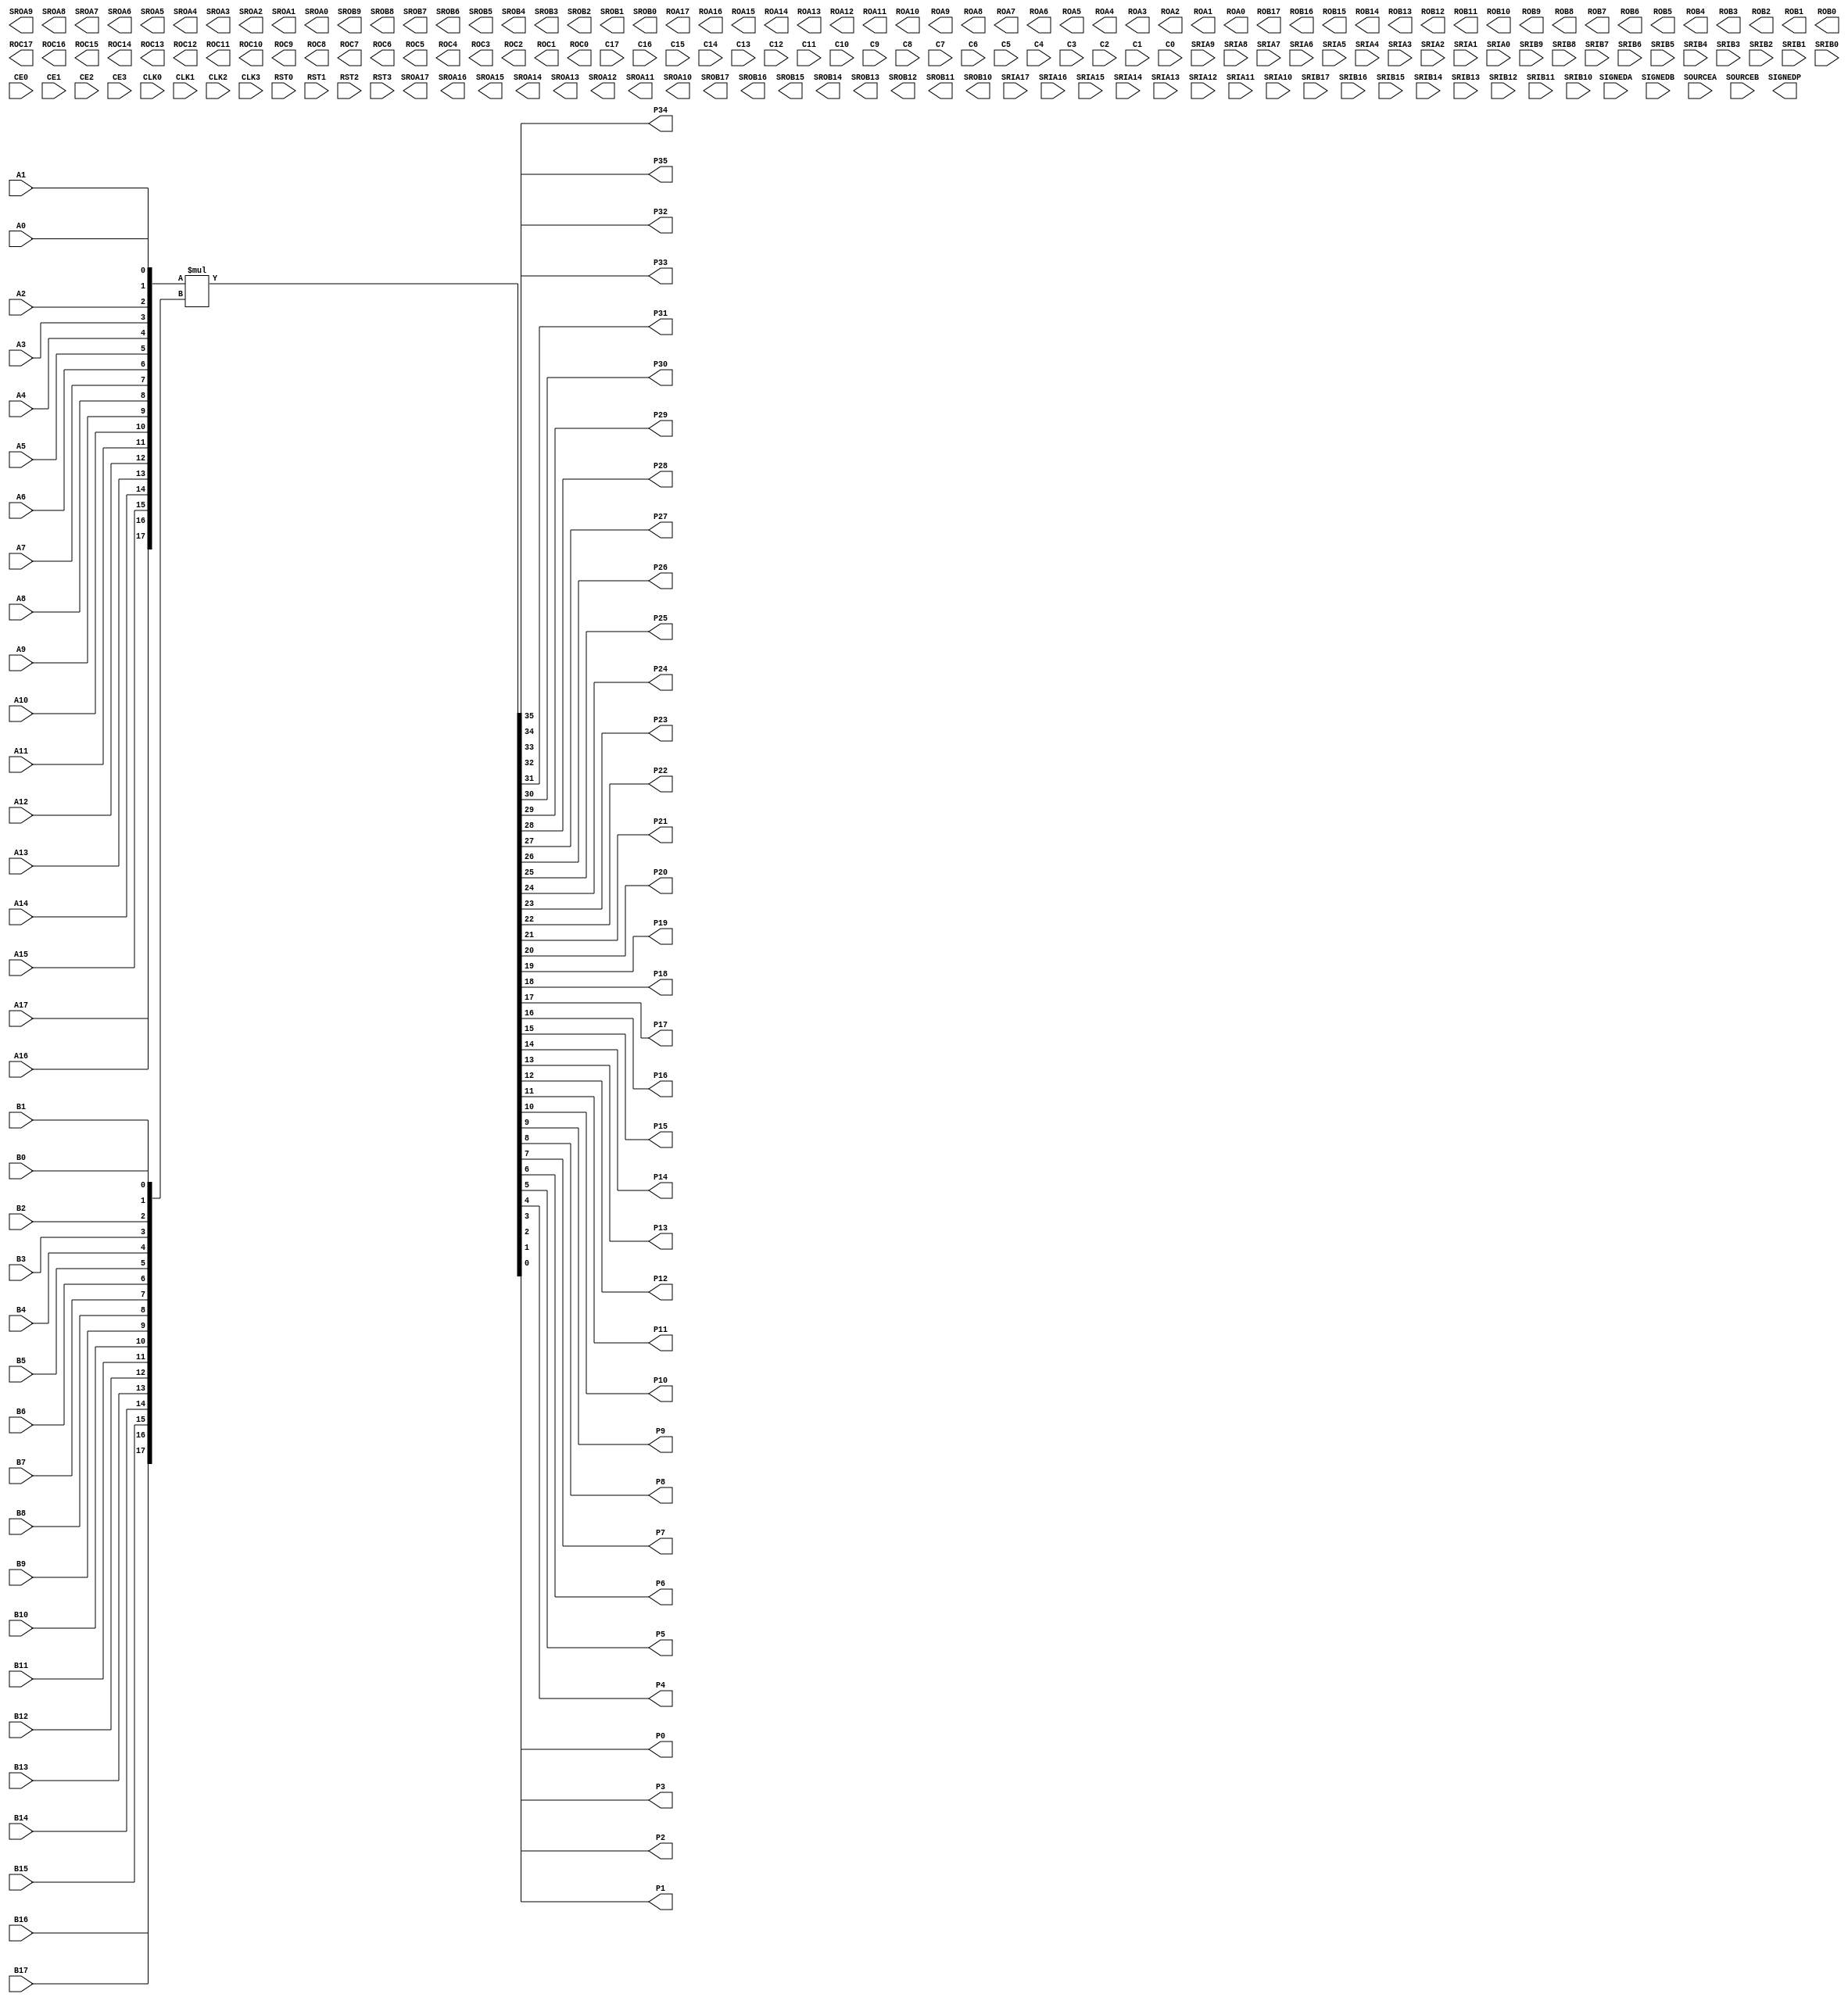
// --------------------------------------------------------------------
// >>>>>>>>>>>>>>>>>>>>>>>>> COPYRIGHT NOTICE <<<<<<<<<<<<<<<<<<<<<<<<<
// --------------------------------------------------------------------
// Copyright (c) 2007 by Lattice Semiconductor Corporation
// --------------------------------------------------------------------
//
//
//                     Lattice Semiconductor Corporation
//                     5555 NE Moore Court
//                     Hillsboro, OR 97214
//                     U.S.A.
//
//                     TEL: 1-800-Lattice  (USA and Canada)
//                          1-408-826-6000 (other locations)
//
//                     web: http://www.latticesemi.com/
//
// --------------------------------------------------------------------
//
// Simulation Library File for MULT18X18D in ECP5U/M
//
//

`celldefine
`timescale  1 ns / 1 ps

module MULT18X18D (P35,P34,P33,P32,P31,P30,P29,P28,P27,P26,P25,P24,P23,P22,P21,P20,P19,P18,
P17,P16,P15,P14,P13,P12,P11,P10,P9,P8,P7,P6,P5,P4,P3,P2,P1,P0,
SROA17,SROA16,SROA15,SROA14,SROA13,SROA12,SROA11,SROA10,SROA9,
SROA8,SROA7,SROA6,SROA5,SROA4,SROA3,SROA2,SROA1,SROA0,
SROB17,SROB16,SROB15,SROB14,SROB13,SROB12,SROB11,SROB10,SROB9,
SROB8,SROB7,SROB6,SROB5,SROB4,SROB3,SROB2,SROB1,SROB0,
ROA17,ROA16,ROA15,ROA14,ROA13,ROA12,ROA11,ROA10,ROA9,
ROA8,ROA7,ROA6,ROA5,ROA4,ROA3,ROA2,ROA1,ROA0,
ROB17,ROB16,ROB15,ROB14,ROB13,ROB12,ROB11,ROB10,ROB9,
ROB8,ROB7,ROB6,ROB5,ROB4,ROB3,ROB2,ROB1,ROB0,
ROC17,ROC16,ROC15,ROC14,ROC13,ROC12,ROC11,ROC10,ROC9,
ROC8,ROC7,ROC6,ROC5,ROC4,ROC3,ROC2,ROC1,ROC0,
A17,A16,A15,A14,A13,A12,A11,A10,A9,A8,A7,A6,A5,A4,A3,A2,A1,A0,
B17,B16,B15,B14,B13,B12,B11,B10,B9,B8,B7,B6,B5,B4,B3,B2,B1,B0,
C17,C16,C15,C14,C13,C12,C11,C10,C9,C8,C7,C6,C5,C4,C3,C2,C1,C0,
SRIA17,SRIA16,SRIA15,SRIA14,SRIA13,SRIA12,SRIA11,SRIA10,SRIA9,
SRIA8,SRIA7,SRIA6,SRIA5,SRIA4,SRIA3,SRIA2,SRIA1,SRIA0,
SRIB17,SRIB16,SRIB15,SRIB14,SRIB13,SRIB12,SRIB11,SRIB10,SRIB9,
SRIB8,SRIB7,SRIB6,SRIB5,SRIB4,SRIB3,SRIB2,SRIB1,SRIB0,
SIGNEDA,SIGNEDB,CE0,CE1,CE2,CE3,CLK0,CLK1,CLK2,CLK3,RST0,RST1,RST2,RST3,SOURCEA,SOURCEB,SIGNEDP);

input A17,A16,A15,A14,A13,A12,A11,A10,A9,A8,A7,A6,A5,A4,A3,A2,A1,A0;
input B17,B16,B15,B14,B13,B12,B11,B10,B9,B8,B7,B6,B5,B4,B3,B2,B1,B0;
input C17,C16,C15,C14,C13,C12,C11,C10,C9,C8,C7,C6,C5,C4,C3,C2,C1,C0;
input SIGNEDA,SIGNEDB,SOURCEA,SOURCEB;
input CE0,CE1,CE2,CE3,CLK0,CLK1,CLK2,CLK3,RST0,RST1,RST2,RST3;
input SRIA17,SRIA16,SRIA15,SRIA14,SRIA13,SRIA12,SRIA11,SRIA10,SRIA9;
input SRIA8,SRIA7,SRIA6,SRIA5,SRIA4,SRIA3,SRIA2,SRIA1,SRIA0;
input SRIB17,SRIB16,SRIB15,SRIB14,SRIB13,SRIB12,SRIB11,SRIB10,SRIB9;
input SRIB8,SRIB7,SRIB6,SRIB5,SRIB4,SRIB3,SRIB2,SRIB1,SRIB0;
output SROA17,SROA16,SROA15,SROA14,SROA13,SROA12,SROA11,SROA10,SROA9;
output SROA8,SROA7,SROA6,SROA5,SROA4,SROA3,SROA2,SROA1,SROA0;
output SROB17,SROB16,SROB15,SROB14,SROB13,SROB12,SROB11,SROB10,SROB9;
output SROB8,SROB7,SROB6,SROB5,SROB4,SROB3,SROB2,SROB1,SROB0;
output ROA17,ROA16,ROA15,ROA14,ROA13,ROA12,ROA11,ROA10,ROA9;
output ROA8,ROA7,ROA6,ROA5,ROA4,ROA3,ROA2,ROA1,ROA0;
output ROB17,ROB16,ROB15,ROB14,ROB13,ROB12,ROB11,ROB10,ROB9;
output ROB8,ROB7,ROB6,ROB5,ROB4,ROB3,ROB2,ROB1,ROB0;
output ROC17,ROC16,ROC15,ROC14,ROC13,ROC12,ROC11,ROC10,ROC9;
output ROC8,ROC7,ROC6,ROC5,ROC4,ROC3,ROC2,ROC1,ROC0;
output P35,P34,P33,P32,P31,P30,P29,P28,P27,P26,P25,P24,P23,P22,P21,P20,P19,P18;
output P17,P16,P15,P14,P13,P12,P11,P10,P9,P8,P7,P6,P5,P4,P3,P2,P1,P0;
output SIGNEDP;

parameter REG_INPUTA_CLK = "NONE";
parameter REG_INPUTA_CE = "CE0";
parameter REG_INPUTA_RST = "RST0";
parameter REG_INPUTB_CLK = "NONE";
parameter REG_INPUTB_CE = "CE0";
parameter REG_INPUTB_RST = "RST0";
parameter REG_INPUTC_CLK = "NONE";
parameter REG_INPUTC_CE = "CE0";
parameter REG_INPUTC_RST = "RST0";
parameter REG_PIPELINE_CLK = "NONE";
parameter REG_PIPELINE_CE = "CE0";
parameter REG_PIPELINE_RST = "RST0";
parameter REG_OUTPUT_CLK = "NONE";
parameter REG_OUTPUT_CE = "CE0";
parameter REG_OUTPUT_RST = "RST0";
parameter GSR = "ENABLED";
parameter CAS_MATCH_REG = "FALSE";
parameter MULT_BYPASS = "DISABLED";
parameter RESETMODE = "SYNC";
parameter SOURCEB_MODE = "B_SHIFT";    // "B_SHIFT", C_SHIFT, B_C_DYNAMIC, HIGHSPEED
parameter HIGHSPEED_CLK = "NONE";      // "NONE", "CLK0"....."CLK3"
parameter CLK0_DIV = "ENABLED";
parameter CLK1_DIV = "ENABLED";
parameter CLK2_DIV = "ENABLED";
parameter CLK3_DIV = "ENABLED";


   wire signed [17:0] a = {A17,A16,A15,A14,A13,A12,A11,A10,A9,A8,A7,A6,A5,A4,A3,A2,A1,A0};
   wire signed [17:0] b = {B17,B16,B15,B14,B13,B12,B11,B10,B9,B8,B7,B6,B5,B4,B3,B2,B1,B0};
   wire signed [35:0] o_wire;

   reg signed [35:0] pipe_wire;
   reg signed [35:0]  o;
   reg signed [35:0]  pipe1, pipe2;

   reg signed [17:0]  a_pipe, b_pipe;

   reg signed [17:0]  a_wire, b_wire;

   always @(*) begin
      if (REG_PIPELINE_CLK == "CLK0")
	pipe_wire = pipe1;
      else
	pipe_wire = o_wire;
      if (REG_OUTPUT_CLK == "CLK0")
	o = pipe2;
      else
	o = pipe_wire;
      if (REG_INPUTA_CLK == "CLK0")
	a_wire = a_pipe;
      else
	a_wire = a;
      if (REG_INPUTB_CLK == "CLK0")
	b_wire = b_pipe;
      else
	b_wire = b;
   end





   assign o_wire = a_wire * b_wire;
   always @(posedge CLK0 or posedge RST0)
     if(RST0 == 1) begin
	pipe1 <= 36'b0;
	pipe2 <= 36'b0;
	a_pipe <= 18'b0;
	b_pipe <= 18'b0;
     end
     else begin
	pipe1 <= o_wire;
	pipe2 <= pipe_wire;
	a_pipe <= a;
	b_pipe <= b;
     end
   assign {P35,P34,P33,P32,P31,P30,P29,P28,P27,P26,P25,P24,P23,P22,P21,P20,
	   P19,P18,P17,P16,P15,P14,P13,P12,P11,P10,
	   P9,P8,P7,P6,P5,P4,P3,P2,P1,P0} = o;

endmodule // MULT18X18D